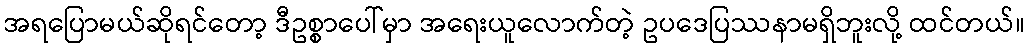
အရပြောမယ်ဆိုရင်တော့ ဒီဥစ္စာပေါ်မှာ အရေးယူလောက်တဲ့ ဥပဒေပြဿနာမရှိဘူးလို့ ထင်တယ်။